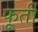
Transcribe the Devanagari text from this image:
फूर्ती